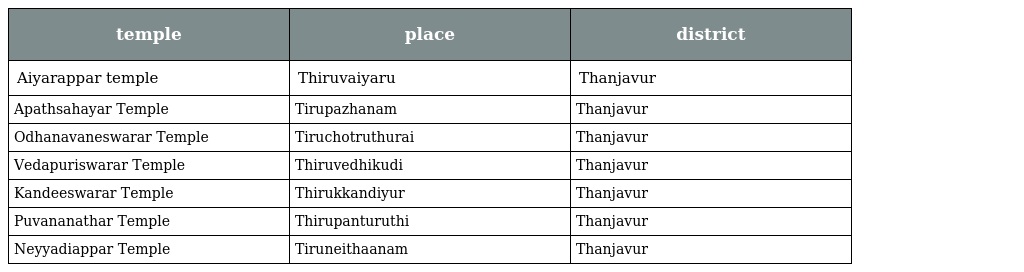
| temple | place | district |
 | --- | --- | --- |
 | Aiyarappar temple | Thiruvaiyaru | Thanjavur |
 | Apathsahayar Temple | Tirupazhanam | Thanjavur |
 | Odhanavaneswarar Temple | Tiruchotruthurai | Thanjavur |
 | Vedapuriswarar Temple | Thiruvedhikudi | Thanjavur |
 | Kandeeswarar Temple | Thirukkandiyur | Thanjavur |
 | Puvananathar Temple | Thirupanturuthi | Thanjavur |
 | Neyyadiappar Temple | Tiruneithaanam | Thanjavur |